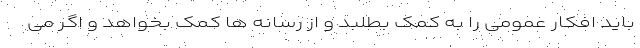
باید افکار عمومی را به کمک بطلبد و از رسانه ها کمک بخواهد و اگر می